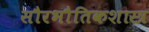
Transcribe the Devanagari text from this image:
सौरभौतिकशास्त्र